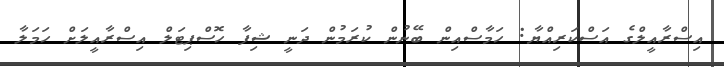
އިސްރާއީލްގެ އަސްކަރިއްޔާ: ހަމާސްއިން ބޭނުން ކުރަމުން ދަނީ ޝިފާ ހޮސްޕިޓަލް އިސްރާއީލަށް ހަމަލާ